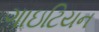
ગાઇટિયન